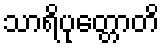
သာရိပုတ္တောတိ